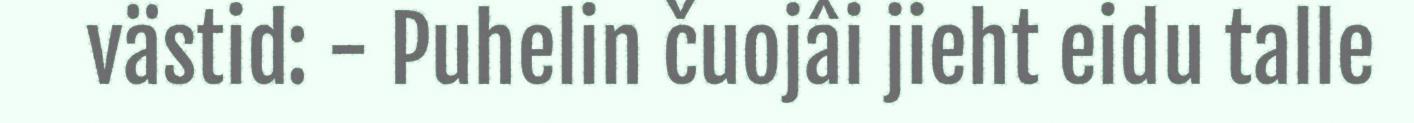
västid: - Puhelin čuojâi jieht eidu talle